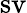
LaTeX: \operatorname{sv}